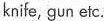
knife, gun etc.